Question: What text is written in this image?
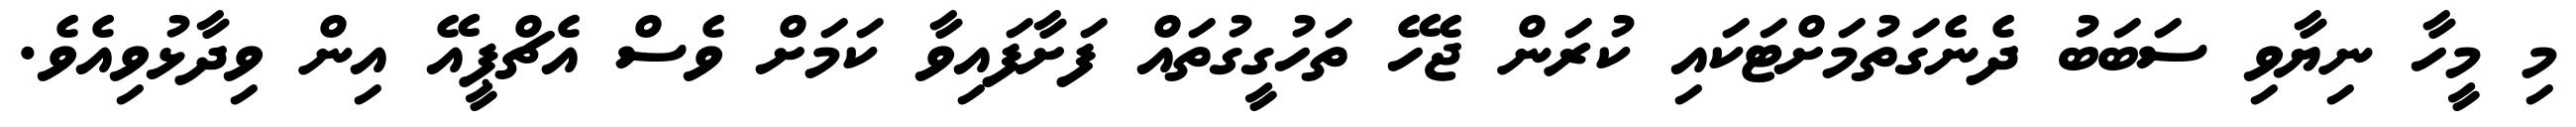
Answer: މި މީހާ ނިޔާވި ސަބަބު ދެނެގަތުމަށްޓަކައި ކުރަން ޖެހޭ ތަހުގީގުތައް ފަށާފައިވާ ކަމަށް ވެސް އެޗްޕީއޭ އިން ވިދާޅުވިއެވެ.